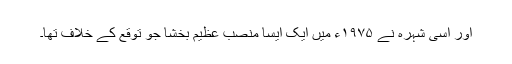
اور اسی شہرہ نے ۱۹۷۵ء میں ایک ایسا منصب عظیم بخشا جو توقع کے خلاف تھا۔